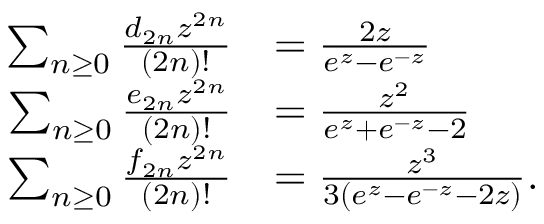
{ \begin{array} { r l } { \sum _ { n \geq 0 } { \frac { d _ { 2 n } z ^ { 2 n } } { ( 2 n ) ! } } } & { = { \frac { 2 z } { e ^ { z } - e ^ { - z } } } } \\ { \sum _ { n \geq 0 } { \frac { e _ { 2 n } z ^ { 2 n } } { ( 2 n ) ! } } } & { = { \frac { z ^ { 2 } } { e ^ { z } + e ^ { - z } - 2 } } } \\ { \sum _ { n \geq 0 } { \frac { f _ { 2 n } z ^ { 2 n } } { ( 2 n ) ! } } } & { = { \frac { z ^ { 3 } } { 3 ( e ^ { z } - e ^ { - z } - 2 z ) } } . } \end{array} }